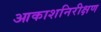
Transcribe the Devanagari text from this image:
आकाशनिरीक्षण